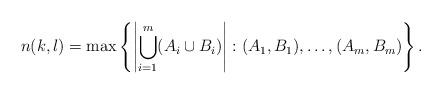
LaTeX: \begin{align*}n(k,l)=\max\left\{\left|\bigcup_{i=1}^m(A_i\cup B_i)\right|: (A_1,B_1),\dots,(A_m,B_m) \right\}.\end{align*}